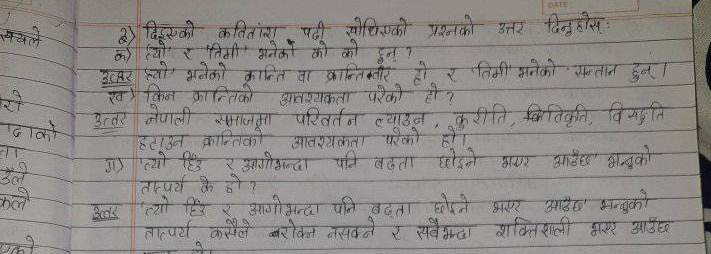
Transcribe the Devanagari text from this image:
३) दिइएको कतितांश पढी सोधिएको प्रश्नको उत्तर दिनुहोस्ः
को त्यो र 'तिमी' भनेको को को हुन् ?
उत्तर प्यो' भनेको क्रान्ति वा क्रान्तिक्तीर हो र 'तिमी' भनेको सन्तान हुन्।
ख) किन क्रान्तिको आवश्यकता परेको हो ?
उत्तर नेपाली समाजमा परिवर्तन ल्याउन
हटाउन क्रान्तिको आवश्यकता परेको हो।
कुरीति, विविकृति, विसङ्गति
1) 'त्यो हिउ र आगोभन्दा पनि बढ़ता छोइने भएर आउँछ भन्नुको
तात्पर्य के हो?
उत्तर 'त्यो हिउ र आगोभन्दा पनि बढ़ता छोइने भएर आउँछ भन्नुको
तात्पर्य कसैले बरोक्न नसक्ने र सबैभन्दा शक्तिशाली भएर आउँछ